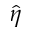
\hat { \eta }